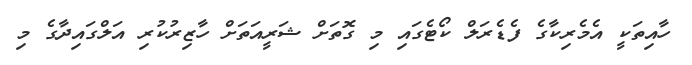
ހާއިތަކީ އެމެރިކާގެ ފެޑެރަލް ކޯޓެގައި މި ގޮތަށް ޝަރީއަތަށް ހާޒިރުކުރި އަލްގައިދާގެ މި